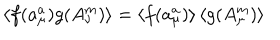
LaTeX: \left\langle f ( a _ { \mu } ^ { a } ) g ( A _ { \nu } ^ { m } ) \right\rangle = \left\langle f ( a _ { \mu } ^ { a } ) \right\rangle \left\langle g ( A _ { \mu } ^ { m } ) \right\rangle